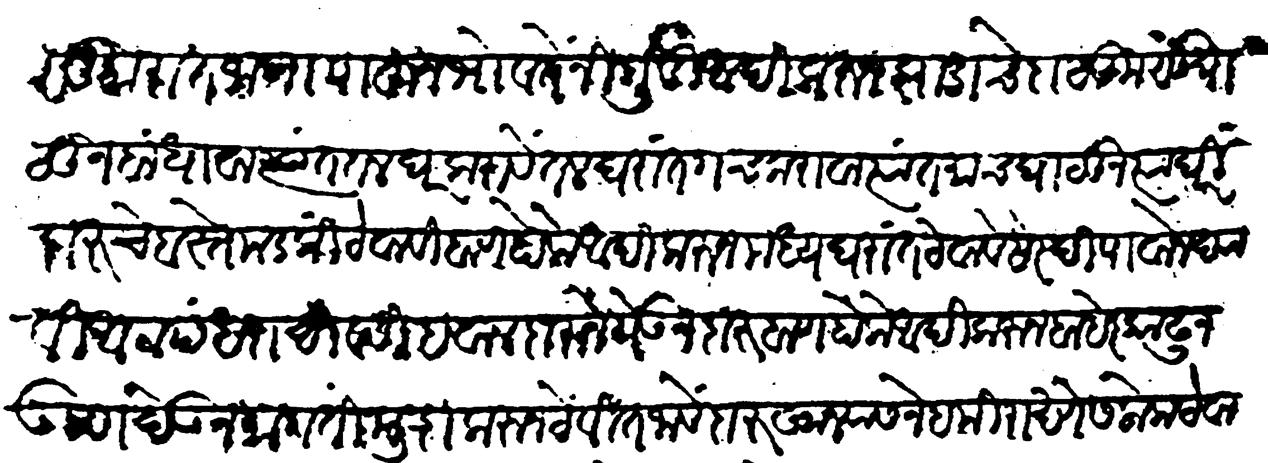
Transliteration (Devanagari): सुमारांत जागा पाहून भोंवतें निर्गुडी आदिकरुन झाडाचे दाट कुसू घालून बांधावा त्यांत तळघळ करावे तळघरांत गच्च करावा त्यात माच घालून त्या घरीं दारुचे बस्ते मडकीं ठेवावी बाण होके आदिकरुन मध्य घरात ठेवावे सरेदी पावोन द्यावी आठ पंधरा दिवसी हवालदाराने येऊन दारुबाण होके आदीकरून बाहेर काढून उष्ण देऊन मागती मुद्रा करून ठेवीत जावें दारुखान्यास नेहमी राखणेस लोक ठेवावे